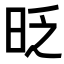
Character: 𣆅